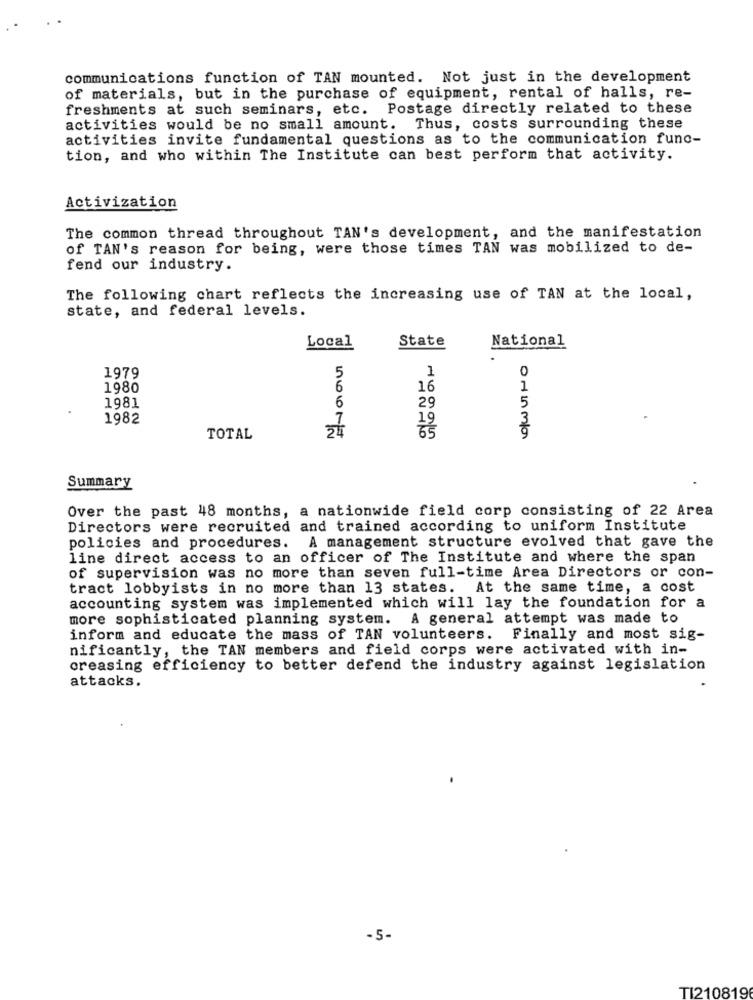
communications function of TAN mounted. Not just in the development
of materials, but in the purchase of equipment, rental of halls, re-
freshments at such seminars, etc. Postage directly related to these
activities would be no small amount. Thus, costs surrounding these
activities invite fundamental questions as to the communication func-
tion, and who within The Institute can best perform that activity.
Activization
The common thread throughout TAN's development, and the manifestation
of TAN's reason for being, were those times TAN was mobilized to de-
fend our industry.
The following chart reflects the increasing use of TAN at the local,
state, and federal levels.
Local
State
National
1979
5
1
0
1980
6
16
1
5
1981
29
1982
7
3
24
19
TOTAL
Summary
Over the past 48 months, a nationwide field corp consisting of 22 Area
Directors were recruited and trained according to uniform Institute
policies and procedures. A management structure evolved that gave the
line direct access to an officer of The Institute and where the span
of supervision was no more than seven full-time Area Directors or con-
tract lobbyists in no more than 13 states. At the same time, a cost
accounting system was implemented which will lay the foundation for a
more sophisticated planning system. A general attempt was made to
inform and educate the mass of TAN volunteers. Finally and most sig-
nificantly, the TAN members and field corps were activated with in-
creasing efficiency to better defend the industry against legislation
attacks.
-5-
TI210819